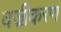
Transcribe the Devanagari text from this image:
वज्रीकरण